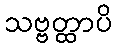
သဗ္ဗတ္ထာပိ